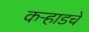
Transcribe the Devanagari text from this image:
कऱ्हाडचे